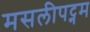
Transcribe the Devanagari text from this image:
मसलीपट्नम